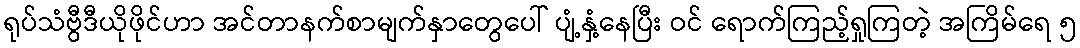
ရုပ်သံဗွီဒီယိုဖိုင်ဟာ အင်တာနက်စာမျက်နှာတွေပေါ် ပျံ့နှံ့နေပြီး ဝင် ရောက်ကြည့်ရှုကြတဲ့ အကြိမ်ရေ ၅